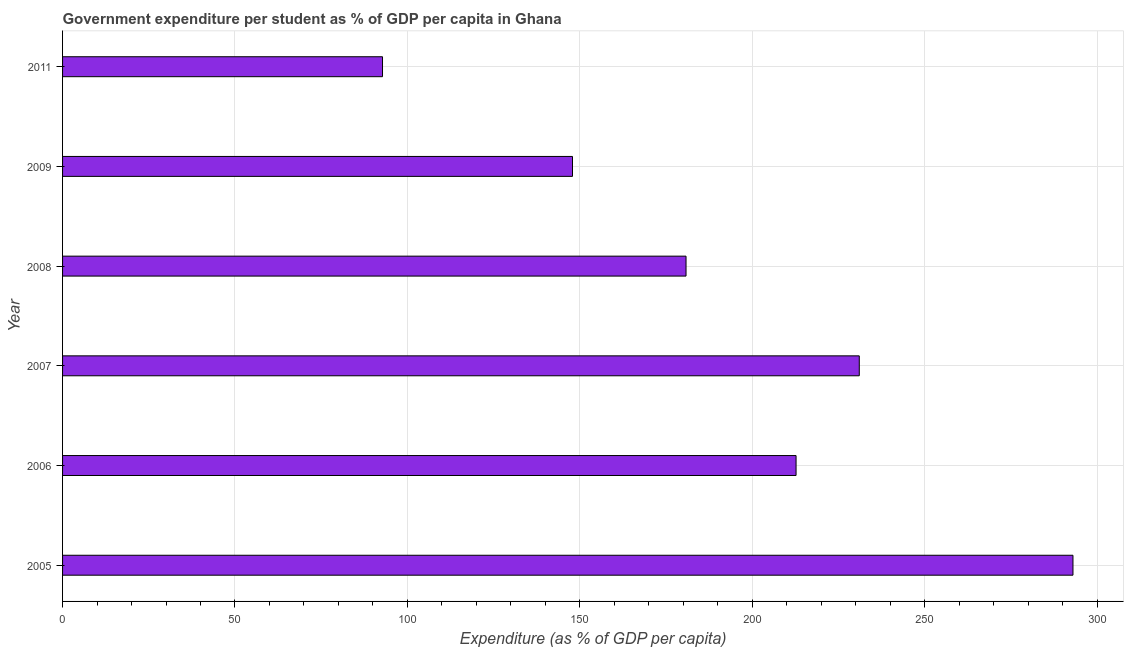
| Year | Government expenditure per tertiary student |
 | --- | --- |
 | 2005 | 293 |
 | 2006 | 213 |
 | 2007 | 231 |
 | 2008 | 181 |
 | 2009 | 148 |
 | 2011 | 92.8 |